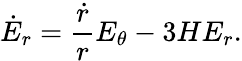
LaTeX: \dot{E}_{r}=\frac{\dot{r}}{r}E_{\theta}-3HE_{r}.